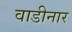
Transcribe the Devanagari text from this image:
वाडीनार